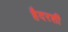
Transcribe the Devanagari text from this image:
हैदरशी